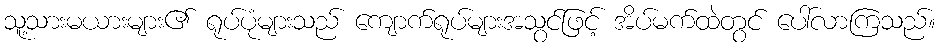
သူ့သားမယားများ၏ ရုပ်ပုံများသည် ကျောက်ရုပ်များအသွင်ဖြင့် အိပ်မက်ထဲတွင် ပေါ်လာကြသည်။